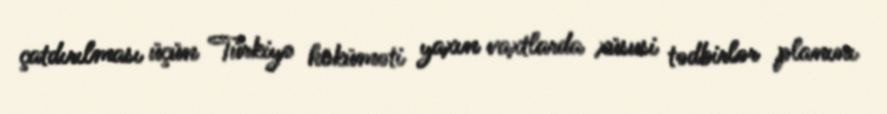
çatdırılması üçün Türkiyə höküməti yaxın vaxtlarda xüsusi tədbirlər planını